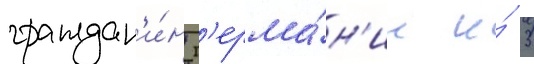
граждан'и́н г'ерма́н'ии и́ 3